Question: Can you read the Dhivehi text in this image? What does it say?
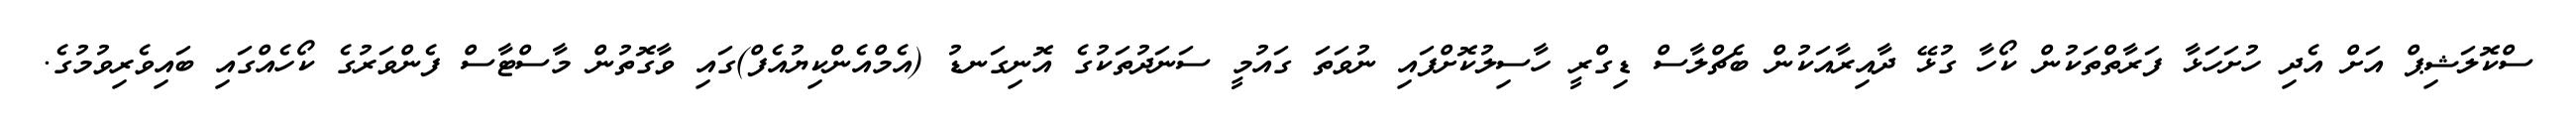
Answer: ސްކޮލަޝިޕް އަށް އެދި ހުށަހަޅާ ފަރާތްތަކުން ކޯހާ ގުޅޭ ދާއިރާއަކުން ބެޗްލާސް ޑިގްރީ ހާސިލުކޮށްފައި ނުވަތަ ގައުމީ ސަނަދުތަކުގެ އޮނިގަނޑު (އެމްއެންކިޔުއެފް)ގައި ވާގޮތުން މާސްޓާސް ފެންވަރުގެ ކޯހެއްގައި ބައިވެރިވުމުގެ.